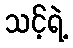
သင့်ရဲ့